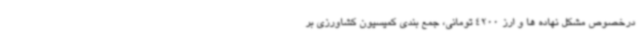
درخصوص مشکل نهاده ها و ارز 4200 تومانی، جمع بندی کمیسیون کشاورزی بر